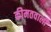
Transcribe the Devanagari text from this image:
कीमतवाली